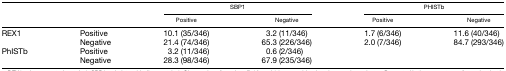
<table><thead><tr><td rowspan="2" colspan="2"></td><td colspan="2"><b>SBP1</b></td><td colspan="2"><b>PHISTb</b></td></tr><tr><td><b>Positive</b></td><td><b>Negative</b></td><td><b>Positive</b></td><td><b>Negative</b></td></tr></thead><tbody><tr><td rowspan="2">REX1</td><td>Positive</td><td>10.1 (35/346)</td><td>3.2 (11/346)</td><td>1.7 (6/346)</td><td>11.6 (40/346)</td></tr><tr><td>Negative</td><td>21.4 (74/346)</td><td>65.3 (226/346)</td><td>2.0 (7/346)</td><td>84.7 (293/346)</td></tr><tr><td rowspan="2">PhISTb</td><td>Positive</td><td>3.2 (11/346)</td><td>0.6 (2/346)</td><td></td><td></td></tr><tr><td>Negative</td><td>28.3 (98/346)</td><td>67.9 (235/346)</td><td></td><td></td></tr></tbody></table>